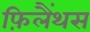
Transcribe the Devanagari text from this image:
फ़िलैंथस